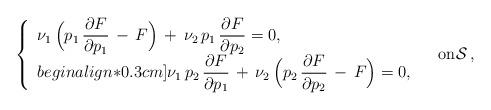
LaTeX: \begin{align*}\left\{\begin{array}{l}\nu_1\,\Big( p_1\,\displaystyle\frac{\partial F}{\partial p_1}\,-\,F\Big) \,+\,\nu_2\,p_1\,\displaystyle\frac{\partial F}{\partial p_2}=0,\\begin{align*}0.3cm]\nu_1\, p_2\,\displaystyle\frac{\partial F}{\partial p_1} \,+\,\nu_2\,\Big(p_2\,\displaystyle\frac{\partial F}{\partial p_2}\,-\,F\Big)=0,\end{array}\right.\quad\hbox{on}{\mathcal S}\,,\end{align*}